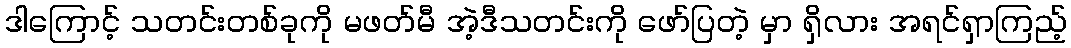
ဒါကြောင့် သတင်းတစ်ခုကို မဖတ်မီ အဲ့ဒီသတင်းကို ဖော်ပြတဲ့ မှာ ရှိလား အရင်ရှာကြည့်